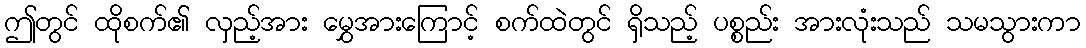
ဤတွင် ထိုစက်၏ လှည့်အား မွှေအားကြောင့် စက်ထဲတွင် ရှိသည့် ပစ္စည်း အားလုံးသည် သမသွားကာ